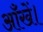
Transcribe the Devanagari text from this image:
आँखें।